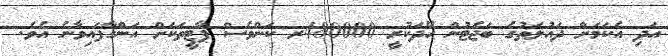
އަދި އެކަމަށް ދައުލަތުގެ ބަޖެޓުން ހޭދަކުރީ 480000ރ ކަންވެސް ޕާޓީތަކަށް އަންގާފައިވާނެ އެވެ.